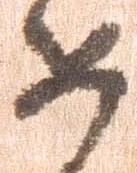
如